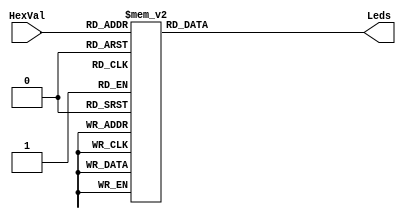
// Hex27Seg.v
// Decode a four-bit binary pattern HexVal into active low LED
// excitation signals for a conventional seven-segment display,
// providing hexadecimal digits 0 thru F.
//
module Hex27Seg(Leds,HexVal);
  output[0:6] Leds;
  input [3:0] HexVal;
  reg   [0:6] Leds;
  /*
  The following Verilog code implements a seven-segment display
  driver, assuming the following segment/signal association:
  Segment:      a        b        c        d        e        f        g
  Signal:  Leds[0]  Leds[1]  Leds[2]  Leds[3]  Leds[4]  Leds[5]  Leds[6]
  This order matches the BASYS3 XDC default indexing. 
  */
  always @(HexVal)
  begin
    case(HexVal)
      4'h0:  Leds = 7'b000_0001;  // forms the character for 0
      4'h1:  Leds = 7'b100_1111;  // forms the character for 1
      4'h2:  Leds = 7'b001_0010;  // forms the character for 2
      4'h3:  Leds = 7'b000_0110;  // forms the character for 3
      4'h4:  Leds = 7'b100_1100;  // forms the character for 4
      4'h5:  Leds = 7'b010_0100;  // forms the character for 5
      4'h6:  Leds = 7'b010_0000;  // forms the character for 6
      4'h7:  Leds = 7'b000_1111;  // forms the character for 7
      4'h8:  Leds = 7'b000_0000;  // forms the character for 8
      4'h9:  Leds = 7'b000_0100;  // forms the character for 9
      4'hA:  Leds = 7'b000_1000;  // forms the character for A
      4'hB:  Leds = 7'b110_0000;  // forms the character for B
      4'hC:  Leds = 7'b011_0001;  // forms the character for C
      4'hD:  Leds = 7'b100_0010;  // forms the character for D
      4'hE:  Leds = 7'b011_0000;  // forms the character for E
      4'hF:  Leds = 7'b011_1000;  // forms the character for F
      default:  Leds = 7'b111_1111; //  a blank default
    endcase
  end
endmodule